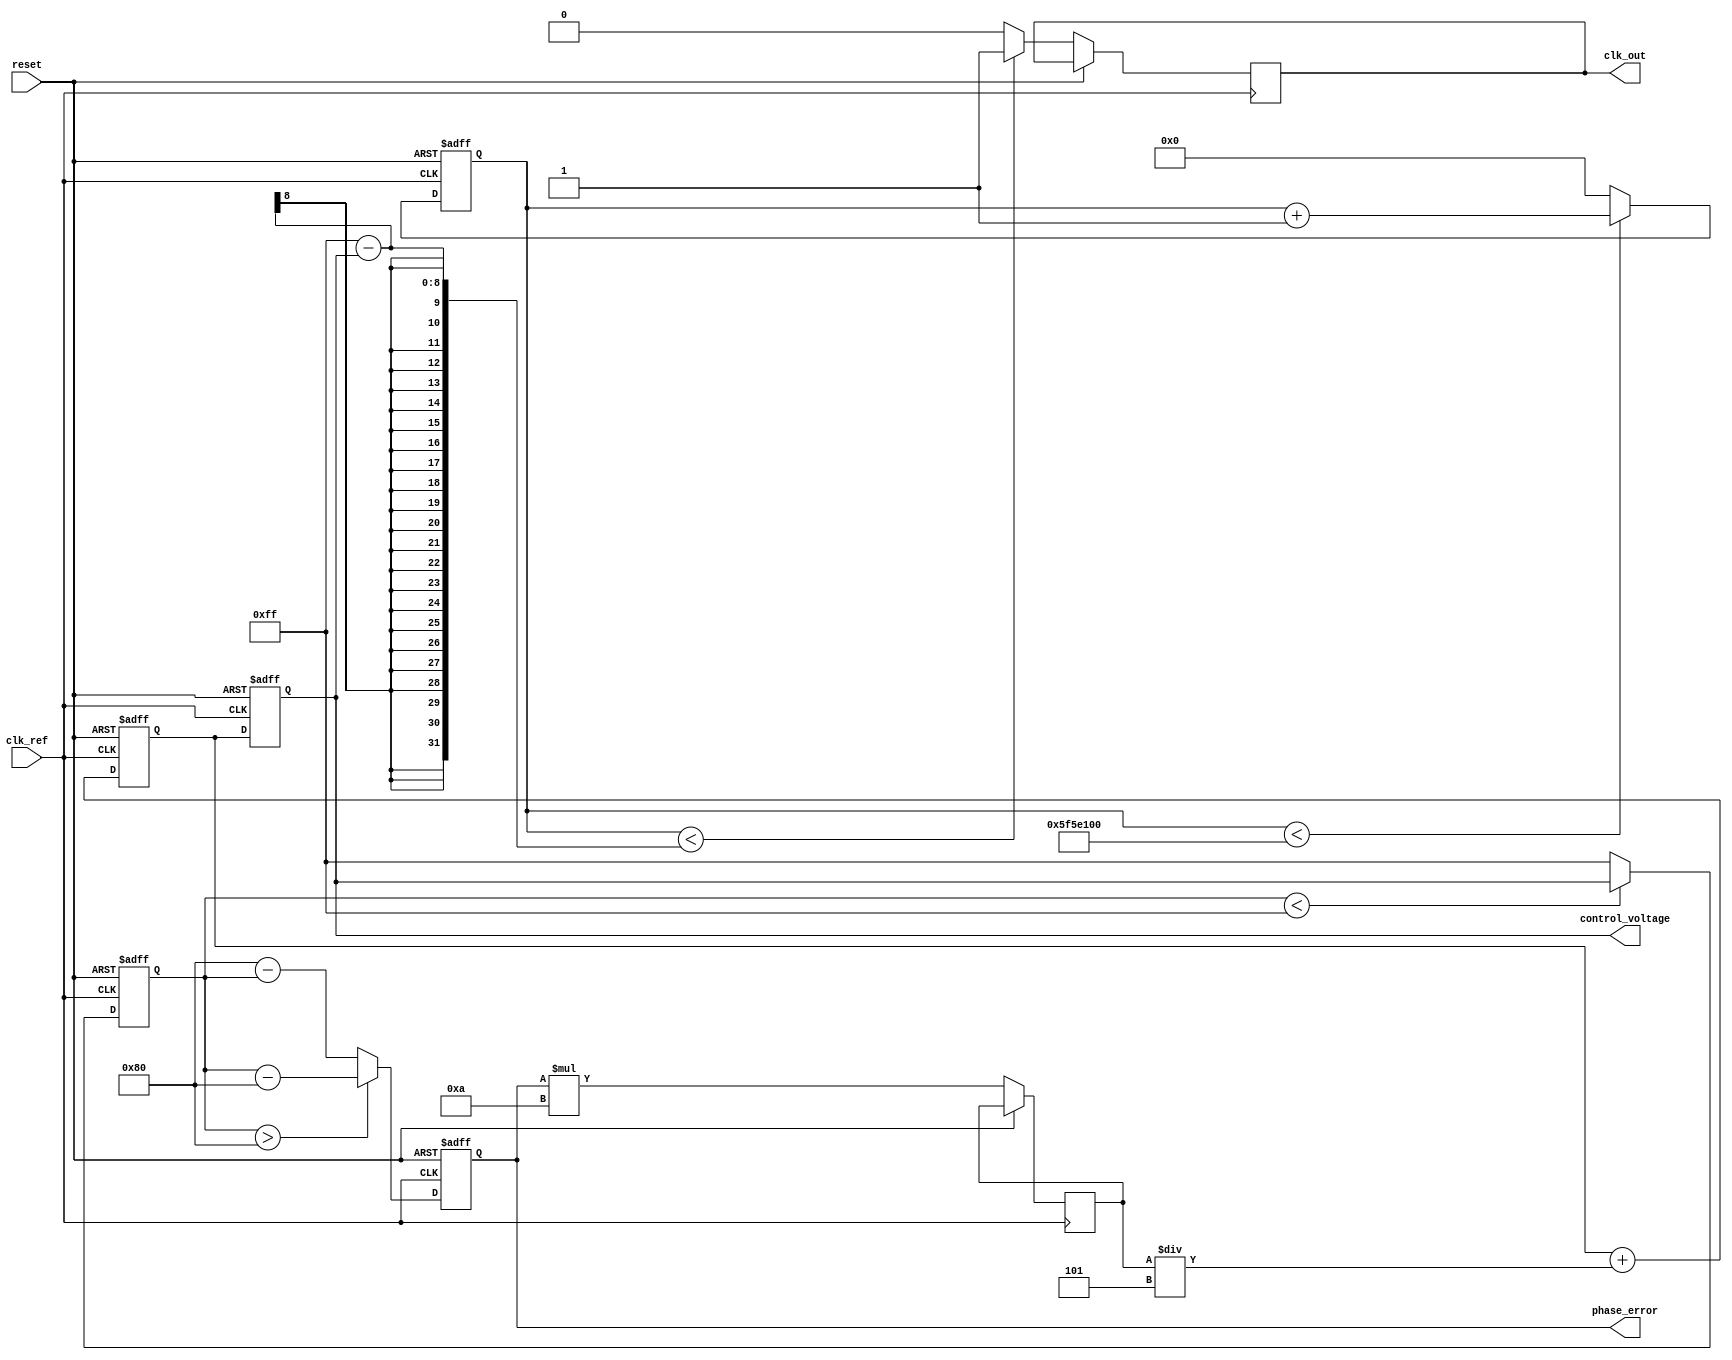
module type1_PLL (
    input wire clk_ref,          // Reference clock input
    input wire reset,            // Reset signal
    output reg clk_out,          // Output clock
    output reg [7:0] phase_error, // Phase error for debugging
    output reg [7:0] control_voltage // Control voltage for VCO
);

// Parameters for simulation
parameter VCO_MAX_FREQ = 8'd255; // Maximum VCO frequency
parameter VCO_MIN_FREQ = 8'd0;    // Minimum VCO frequency
parameter PHASE_DETECTOR_GAIN = 8'd10; // Gain for phase detector
parameter LOOP_FILTER_GAIN = 8'd5; // Gain for loop filter

// Internal signals
reg [7:0] vco_output; // VCO output frequency
reg [7:0] phase_detector_output; // Output of Phase Detector
reg [7:0] loop_filter_output; // Output of Loop Filter
reg [31:0] counter; // Counter for clock generation

// Phase Detector
always @(posedge clk_ref or posedge reset) begin
    if (reset) begin
        phase_error <= 8'b0;
    end else begin
        // Simple phase detection logic (for demonstration)
        phase_error <= (vco_output > 8'd128) ? vco_output - 8'd128 : 8'd128 - vco_output; // Calculate phase error
        phase_detector_output <= phase_error * PHASE_DETECTOR_GAIN; // Scale phase error
    end
end

// Loop Filter (simple integrator)
always @(posedge clk_ref or posedge reset) begin
    if (reset) begin
        loop_filter_output <= 8'b0;
    end else begin
        loop_filter_output <= loop_filter_output + (phase_detector_output / LOOP_FILTER_GAIN);
    end
end

// Voltage-Controlled Oscillator (VCO)
always @(posedge clk_ref or posedge reset) begin
    if (reset) begin
        vco_output <= 8'b0;
        control_voltage <= 8'b0;
    end else begin
        // Control voltage based on loop filter output
        control_voltage <= loop_filter_output;

        // Generate output clock based on control voltage
        clk_out <= (counter < (VCO_MAX_FREQ - control_voltage)) ? 1'b1 : 1'b0;

        // Simple frequency control based on control voltage
        if (vco_output < VCO_MAX_FREQ) begin
            vco_output <= control_voltage;
        end else begin
            vco_output <= VCO_MAX_FREQ; // Limit VCO output
        end
    end
end

// Clock generation for output
always @(posedge clk_ref or posedge reset) begin
    if (reset) begin
        counter <= 32'b0;
    end else begin
        if (counter < 32'd100000000) begin // Example counter limit for output frequency
            counter <= counter + 1;
        end else begin
            counter <= 32'b0; // Reset counter
        end
    end
end

endmodule